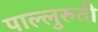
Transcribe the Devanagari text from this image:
पाल्लुरुती